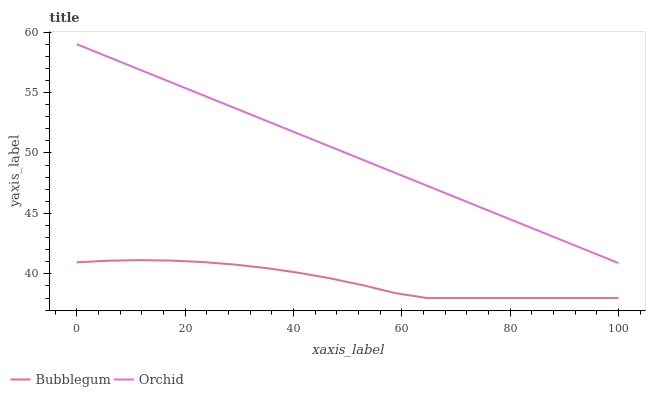
| xaxis_label | Bubblegum | Orchid |
 | --- | --- | --- |
 | 0 | 41 | 59 |
 | 5.88 | 41.1 | 57.9 |
 | 11.8 | 41.1 | 56.9 |
 | 17.6 | 41.1 | 55.8 |
 | 23.5 | 41 | 54.7 |
 | 29.4 | 40.8 | 53.7 |
 | 35.3 | 40.5 | 52.6 |
 | 41.2 | 40.1 | 51.5 |
 | 47.1 | 39.6 | 50.5 |
 | 52.9 | 39.1 | 49.4 |
 | 58.8 | 38.4 | 48.4 |
 | 64.7 | 38 | 47.3 |
 | 70.6 | 38 | 46.2 |
 | 76.5 | 38 | 45.2 |
 | 82.4 | 38 | 44.1 |
 | 88.2 | 38 | 43 |
 | 94.1 | 38 | 42 |
 | 100 | 38 | 40.9 |